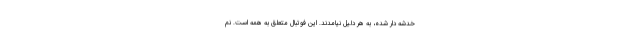
خدشه دار شده، به هر دلیل نیامدند. این فوتبال متعلق به همه است. نم